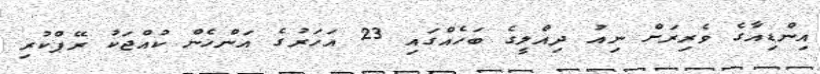
އިންޑިއާގެ ވެރިރަށް ނިއު ދިއްލީގެ ބަހެއްގައި 23 އަހަރުގެ އަންހެން ކުއްޖަކު ރޭޕްކުރި